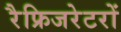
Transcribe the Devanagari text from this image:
रैफ्रिजरेटरों